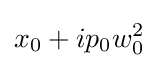
x_{0}+ip_{0}w_{0}^{2}